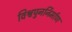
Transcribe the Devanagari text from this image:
विश्वपुनर्निर्माण